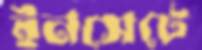
ইনসেটে